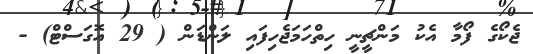
ޖެކޯގެ ފޯމާ އެކު މަންޗީނީ ހިތްހަމަޖެހިފައި ލަންޑަން ( 29 އޮގަސްޓް) -